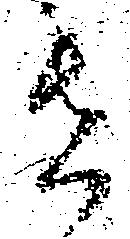
者